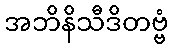
အဘိနိသီဒိတဗ္ဗံ